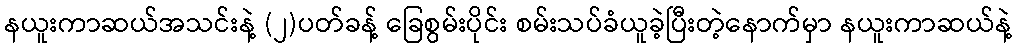
နယူးကာဆယ်အသင်းနဲ့ (၂)ပတ်ခန့် ခြေစွမ်းပိုင်း စမ်းသပ်ခံယူခဲ့ပြီးတဲ့နောက်မှာ နယူးကာဆယ်နဲ့